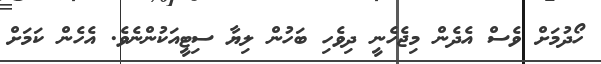
ހޯދުމަށް ވެސް އެދެން މިޖެހެނީ ދިވެހި ބަހުން ލިޔާ ސިޓީއަކުންނެވެ. އެހެން ކަމަށް